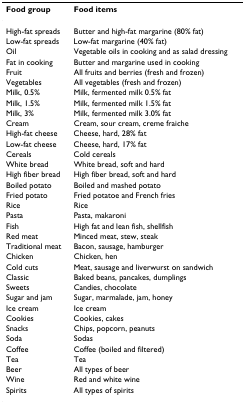
<table><thead><tr><td><b>Food group</b></td><td><b>Food items</b></td></tr></thead><tbody><tr><td>High-fat spreads</td><td>Butter and high-fat margarine (80% fat)</td></tr><tr><td>Low-fat spreads</td><td>Low-fat margarine (40% fat)</td></tr><tr><td>Oil</td><td>Vegetable oils in cooking and as salad dressing</td></tr><tr><td>Fat in cooking</td><td>Butter and margarine used in cooking</td></tr><tr><td>Fruit</td><td>All fruits and berries (fresh and frozen)</td></tr><tr><td>Vegetables</td><td>All vegetables (fresh and frozen)</td></tr><tr><td>Milk, 0.5%</td><td>Milk, fermented milk 0.5% fat</td></tr><tr><td>Milk, 1.5%</td><td>Milk, fermented milk 1.5% fat</td></tr><tr><td>Milk, 3%</td><td>Milk, fermented milk 3.0% fat</td></tr><tr><td>Cream</td><td>Cream, sour cream, creme fraiche</td></tr><tr><td>High-fat cheese</td><td>Cheese, hard, 28% fat</td></tr><tr><td>Low-fat cheese</td><td>Cheese, hard, 17% fat</td></tr><tr><td>Cereals</td><td>Cold cereals</td></tr><tr><td>White bread</td><td>White bread, soft and hard</td></tr><tr><td>High fiber bread</td><td>High fiber bread, soft and hard</td></tr><tr><td>Boiled potato</td><td>Boiled and mashed potato</td></tr><tr><td>Fried potato</td><td>Fried potatoe and French fries</td></tr><tr><td>Rice</td><td>Rice</td></tr><tr><td>Pasta</td><td>Pasta, makaroni</td></tr><tr><td>Fish</td><td>High fat and lean fish, shellfish</td></tr><tr><td>Red meat</td><td>Minced meat, stew, steak</td></tr><tr><td>Traditional meat</td><td>Bacon, sausage, hamburger</td></tr><tr><td>Chicken</td><td>Chicken, hen</td></tr><tr><td>Cold cuts</td><td>Meat, sausage and liverwurst on sandwich</td></tr><tr><td>Classic</td><td>Baked beans, pancakes, dumplings</td></tr><tr><td>Sweets</td><td>Candies, chocolate</td></tr><tr><td>Sugar and jam</td><td>Sugar, marmalade, jam, honey</td></tr><tr><td>Ice cream</td><td>Ice cream</td></tr><tr><td>Cookies</td><td>Cookies, cakes</td></tr><tr><td>Snacks</td><td>Chips, popcorn, peanuts</td></tr><tr><td>Soda</td><td>Sodas</td></tr><tr><td>Coffee</td><td>Coffee (boiled and filtered)</td></tr><tr><td>Tea</td><td>Tea</td></tr><tr><td>Beer</td><td>All types of beer</td></tr><tr><td>Wine</td><td>Red and white wine</td></tr><tr><td>Spirits</td><td>All types of spirits</td></tr></tbody></table>